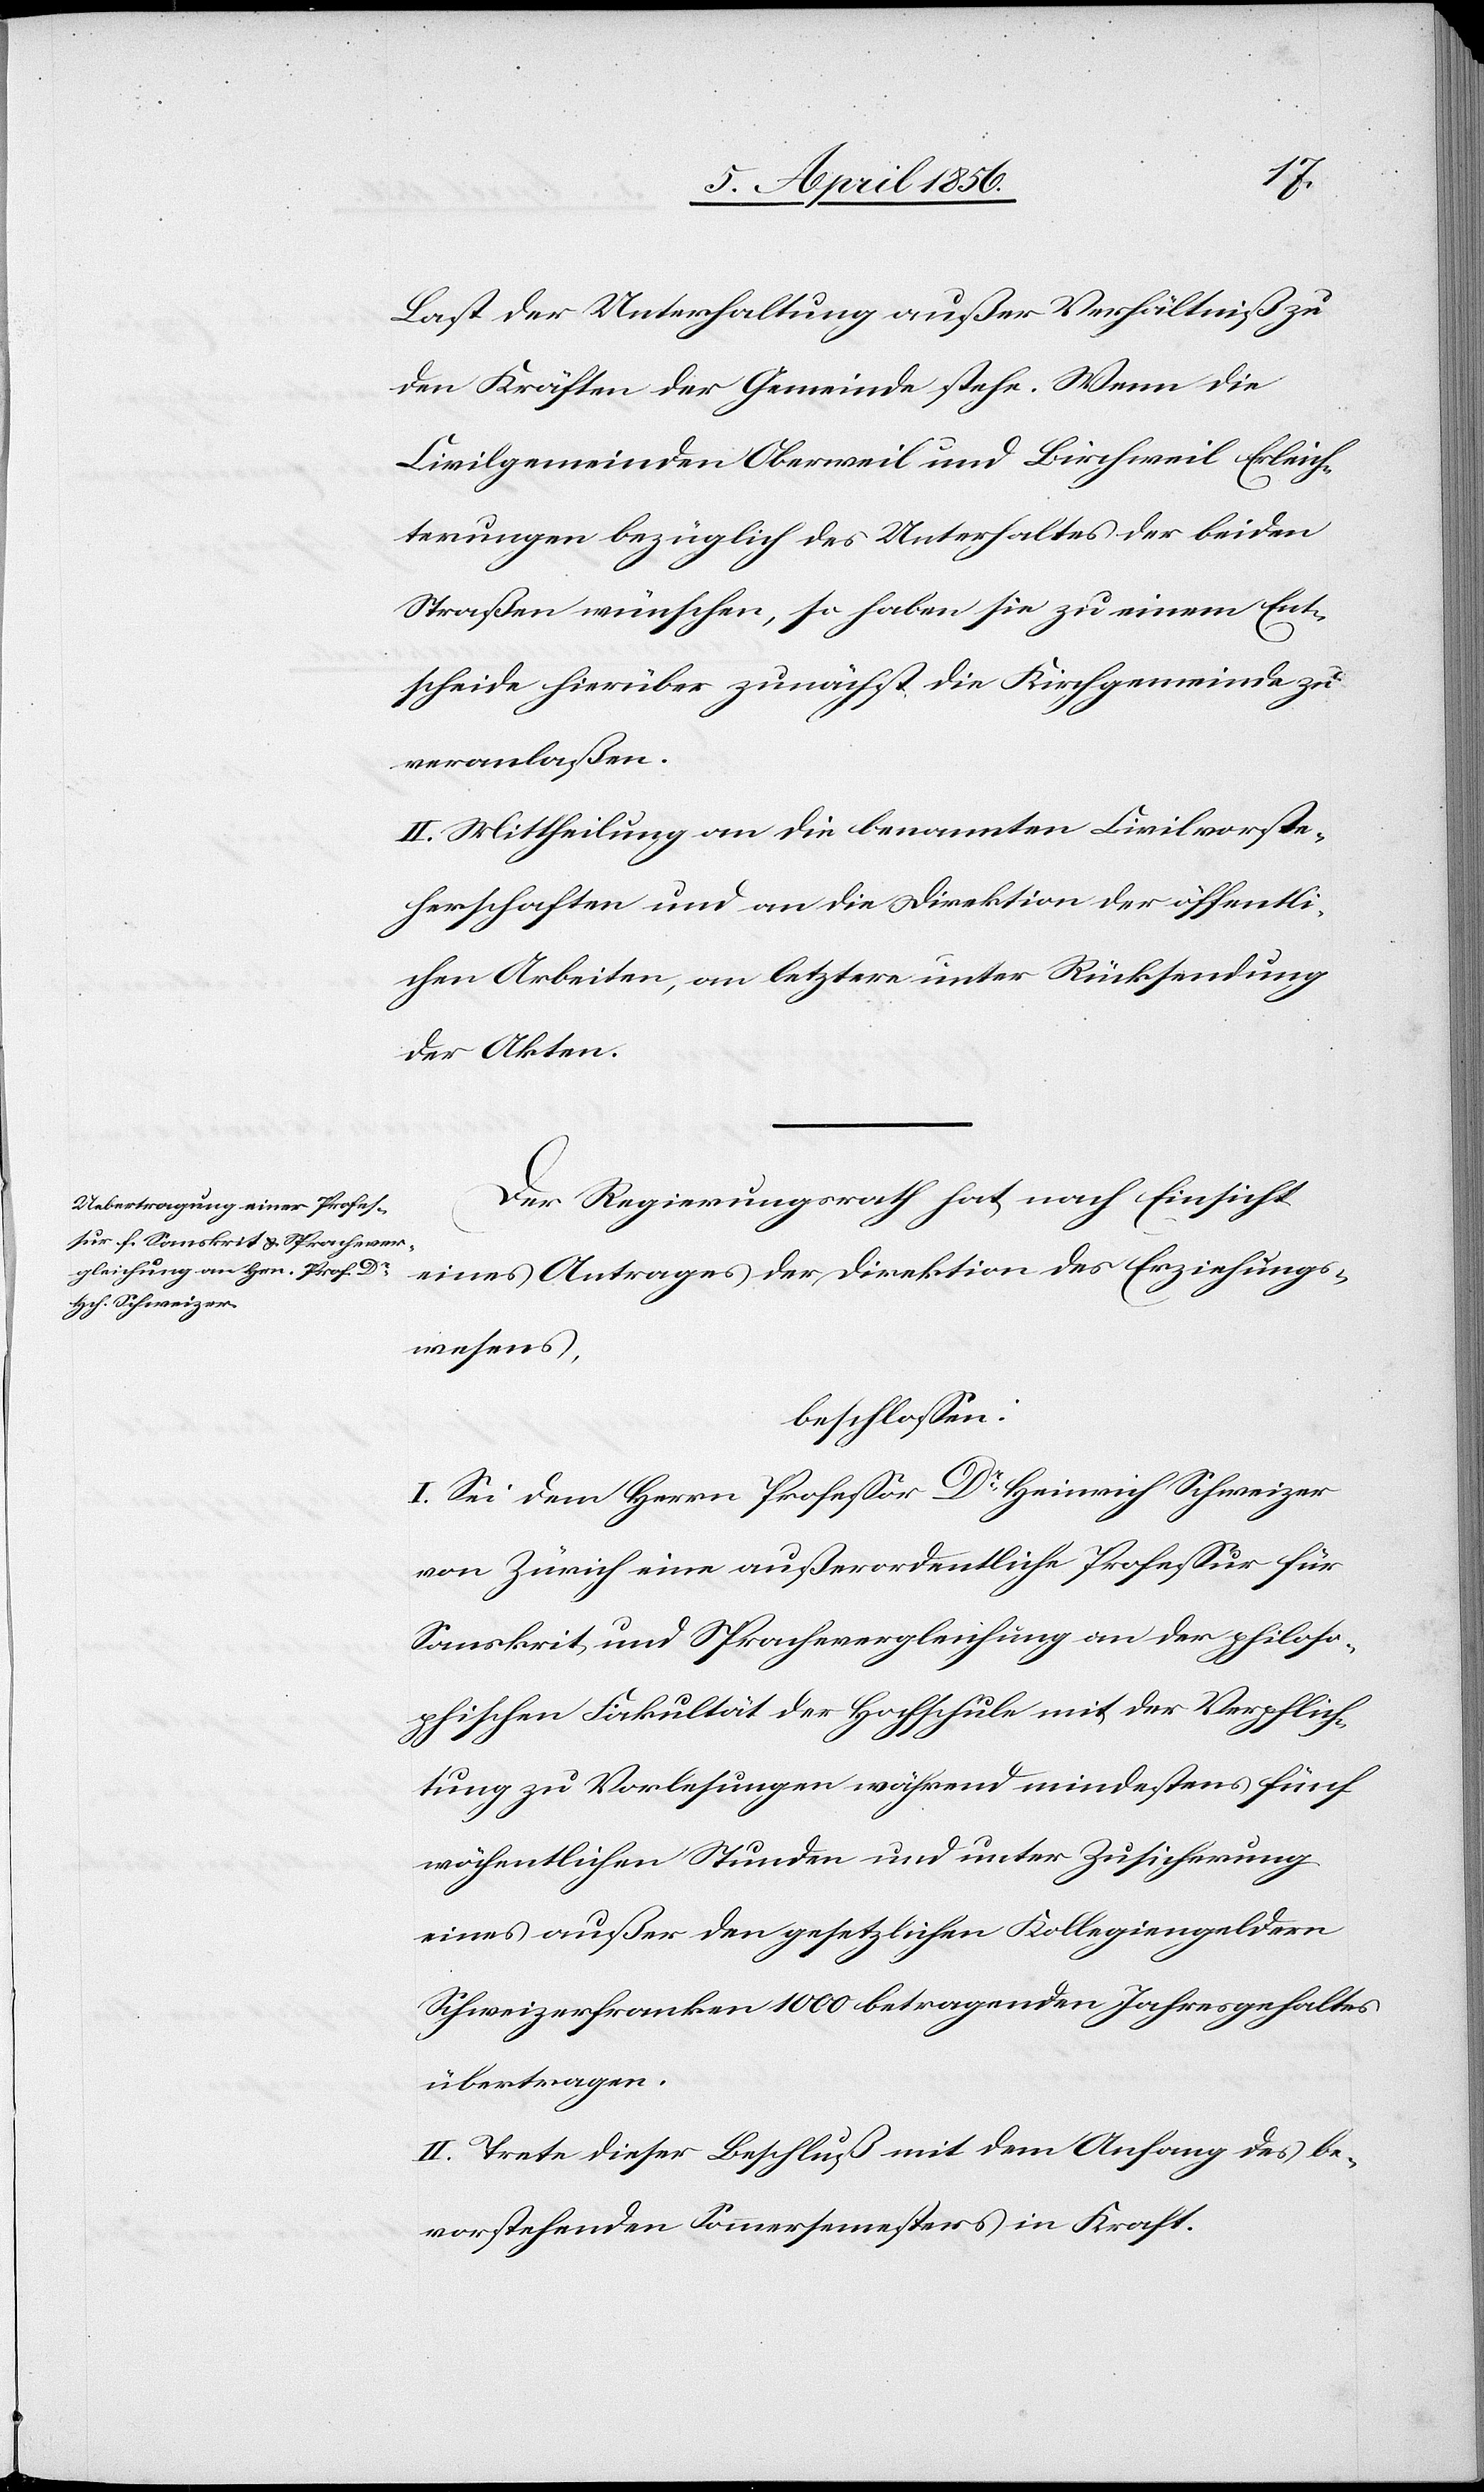
Last der Unterhaltung außer Verhältniß zu
den Kräften der Gemeinde stehe. Wenn die
Civilgemeinden Oberweil und Birchweil Erleich¬
terungen bezüglich des Unterhaltes der beiden
Straßen wünschen, so haben sie zu einem Ent¬
scheide hierüber zunächst die Kirchgemeinde zu
veranlaßen.
II. Mittheilung an die benannten Civilvorste¬
herschaften und an die Direktion der öffentli¬
chen Arbeiten, an letztere unter Rücksendung
der Akten.
Der Regierungsrath hat nach Einsicht
eines Antrages der Direktion des Erziehungs¬
wesens,
beschlossen:
I. Sei dem Herrn Professor Dr Heinrich Schweizer
von Zürich eine außerordentliche Professur für
Sanskrit und Sprachevergleichung an der philoso¬
phischen Fakultät der Hochschule mit der Verpflich¬
tung zu Vorlesungen während mindestens fünf
wöchentlichen Stunden und unter Zusicherung
eines außer den gesetzlichen Kollegiengeldern
Schweizerfranken 1000 betragenden Jahresgehaltes
übertragen.
II. Trete dieser Beschluß mit dem Anfang des be¬
vorstehenden Sommersemesters in Kraft.